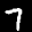
Label: 7